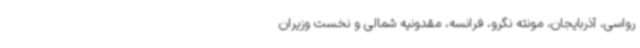
رواسی، آذربایجان، مونته نگرو، فرانسه، مقدونیه شمالی و نخست وزیران